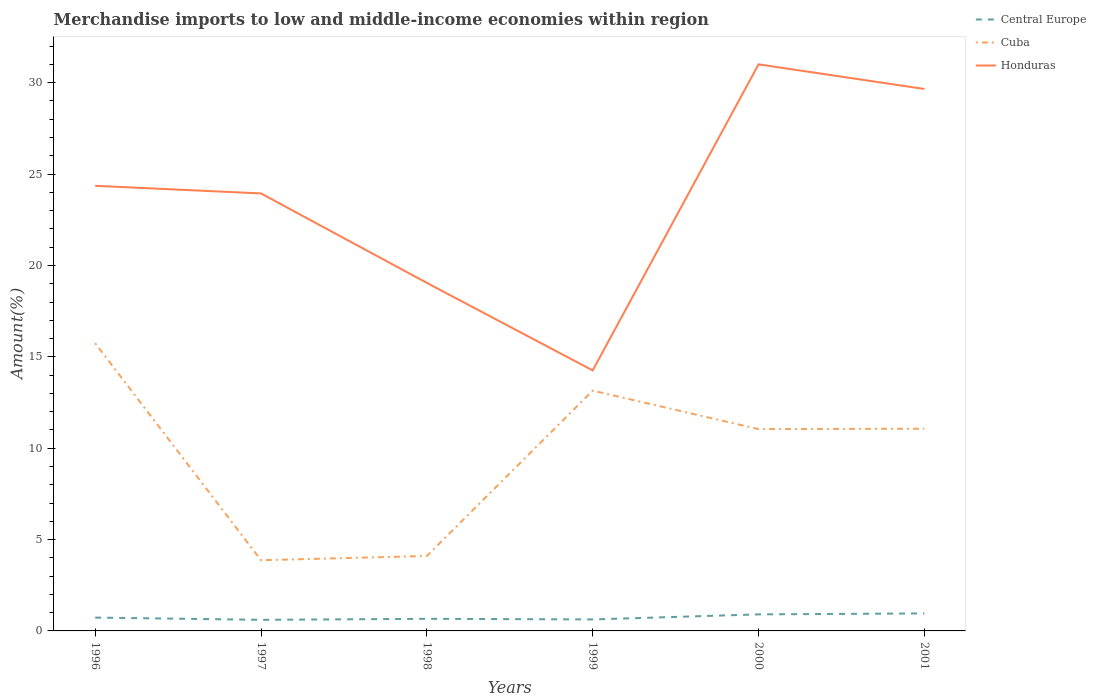
| Years | Central Europe | Cuba | Honduras |
 | --- | --- | --- | --- |
 | 1996 | 0.73 | 15.7 | 24.4 |
 | 1997 | 0.607 | 3.87 | 23.9 |
 | 1998 | 0.662 | 4.1 | 19 |
 | 1999 | 0.629 | 13.1 | 14.3 |
 | 2000 | 0.905 | 11 | 31 |
 | 2001 | 0.958 | 11.1 | 29.7 |